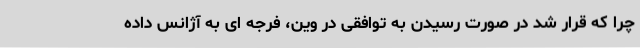
چرا که قرار شد در صورت رسیدن به توافقی در وین، فرجه ای به آژانس داده